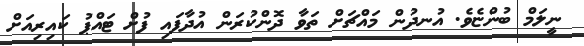
ނީލަމް ބުންޏެވެ. އުނދުން މައްޗަށް ތަވާ ދޮންކުރަން އުދާފައި ފުށް ޓައްޕު ކައިރިއަށް